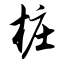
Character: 桩